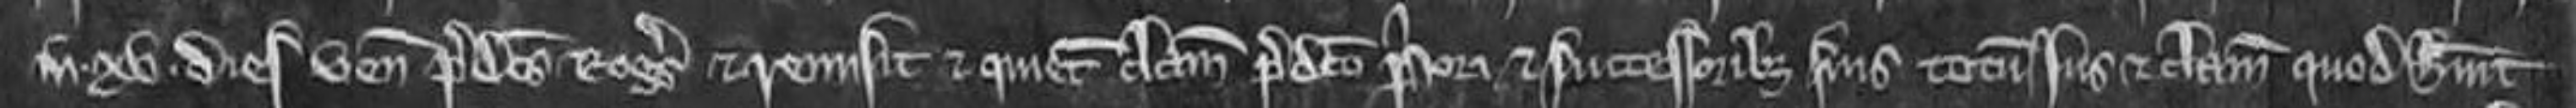
in. xv. dies venit predictus Rogerus et remisit et quietumclamavit predicto priori et successoribus suis totum jus et clamium quod habuit